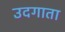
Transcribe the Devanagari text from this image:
उदगाता